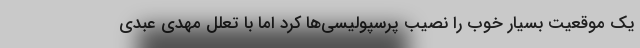
یک موقعیت بسیار خوب را نصیب پرسپولیسی‌ها کرد اما با تعلل مهدی عبدی